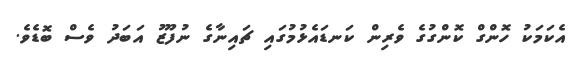
އެކަމަކު ހޮންގް ކޮންގުގެ ވެރިން ކަނޑައެޅުމުގައި ޗައިނާގެ ނުފޫޒު އަބަދު ވެސް ބޮޑެވެ.